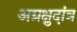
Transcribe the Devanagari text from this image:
अग्रक्षुदांत्र